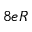
8 e R